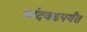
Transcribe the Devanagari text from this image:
चांदवडपर्यंत